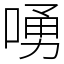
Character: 㗈